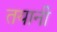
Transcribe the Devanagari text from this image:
तयानी